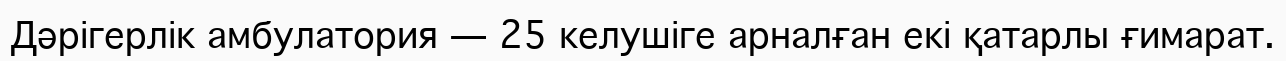
Дәрігерлік амбулатория — 25 келушіге арналған екі қатарлы ғимарат.